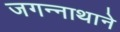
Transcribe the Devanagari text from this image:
जगन्‍नाथाने